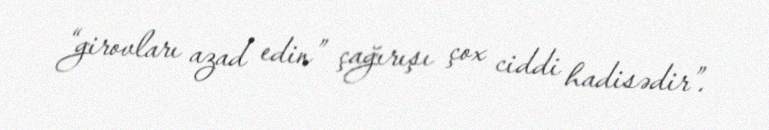
“girovları azad edin” çağırışı çox ciddi hadisədir”.